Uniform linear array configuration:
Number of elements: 24
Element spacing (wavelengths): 1
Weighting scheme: hann
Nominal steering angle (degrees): -45
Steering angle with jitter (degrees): -44.627
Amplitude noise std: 0.05
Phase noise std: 0.05

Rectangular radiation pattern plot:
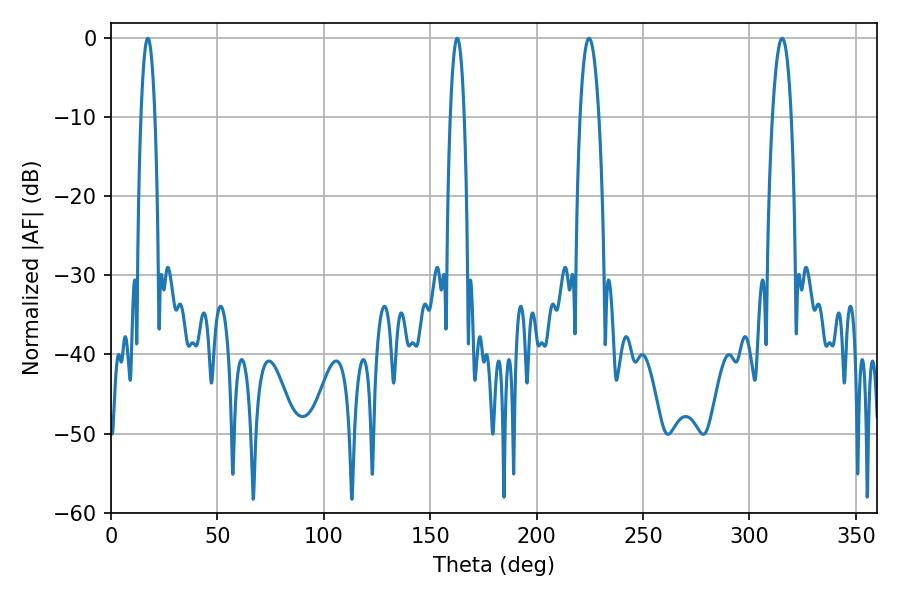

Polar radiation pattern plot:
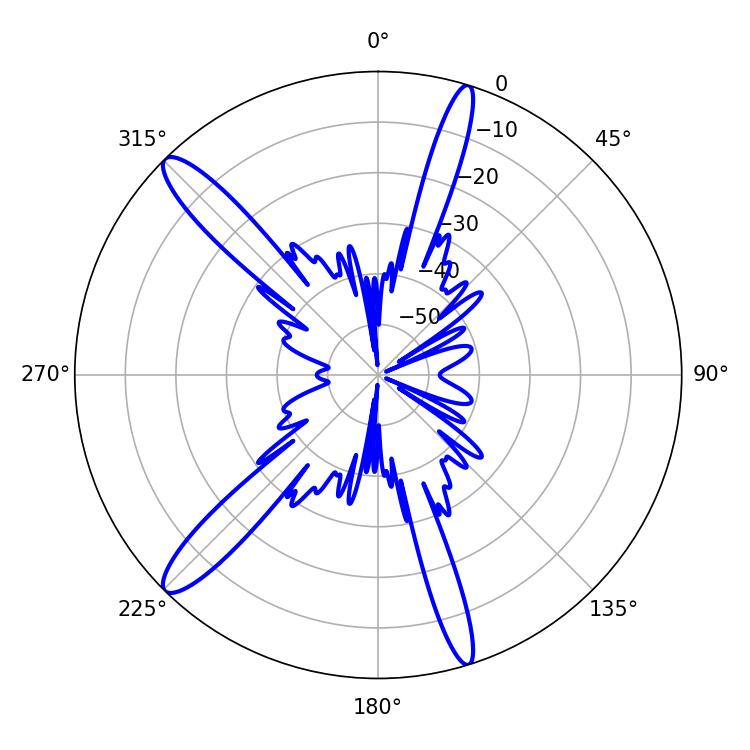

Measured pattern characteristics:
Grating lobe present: TRUE
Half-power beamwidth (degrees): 4.86
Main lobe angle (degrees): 224.64